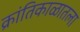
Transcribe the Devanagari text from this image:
क्रांतिकाळातला